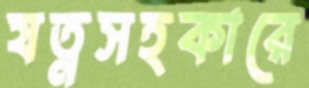
যত্নসহকারে